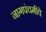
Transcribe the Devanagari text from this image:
नागपंचमीवे